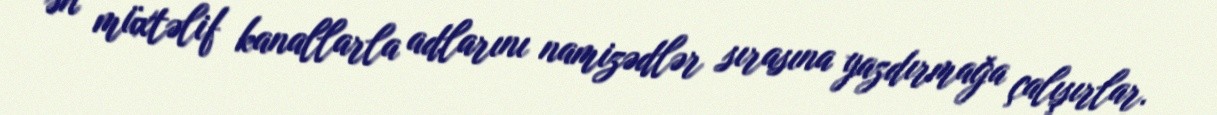
ən müxtəlif kanallarla adlarını namizədlər sırasına yazdırmağa çalışırlar.